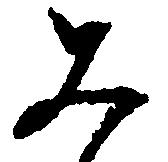
み